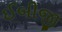
ઈબીજી